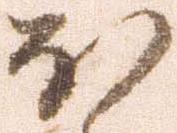
ほ